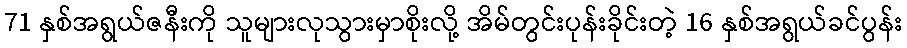
71 နှစ်အရွယ်ဇနီးကို သူများလုသွားမှာစိုးလို့ အိမ်တွင်းပုန်းခိုင်းတဲ့ 16 နှစ်အရွယ်ခင်ပွန်း